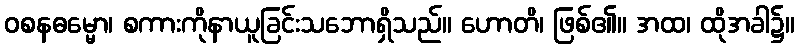
ဝစနဓမ္မော၊ စကားကိုနာယူခြင်းသဘောရှိသည်။ ဟောတိ၊ ဖြစ်၏။ အထ၊ ထိုအခါ၌။